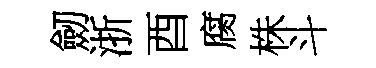
劒浙酉腐株斗